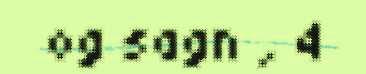
og sagn , 4